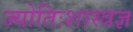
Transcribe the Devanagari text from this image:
ज्योतिःशास्त्रज्ञ